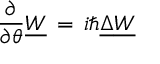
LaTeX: { \frac { \partial } { \partial \theta } } \underline { { W } } \, = \, i \hbar \underline { { \Delta } } \underline { { W } }